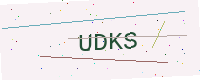
Text: UDKS